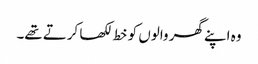
وہ اپنے گھر والوں کو خط لکھا کرتے تھے۔